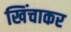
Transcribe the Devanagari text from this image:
खिंचाकर